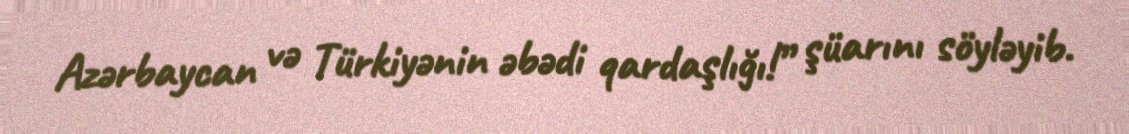
Azərbaycan və Türkiyənin əbədi qardaşlığı!” şüarını söyləyib.